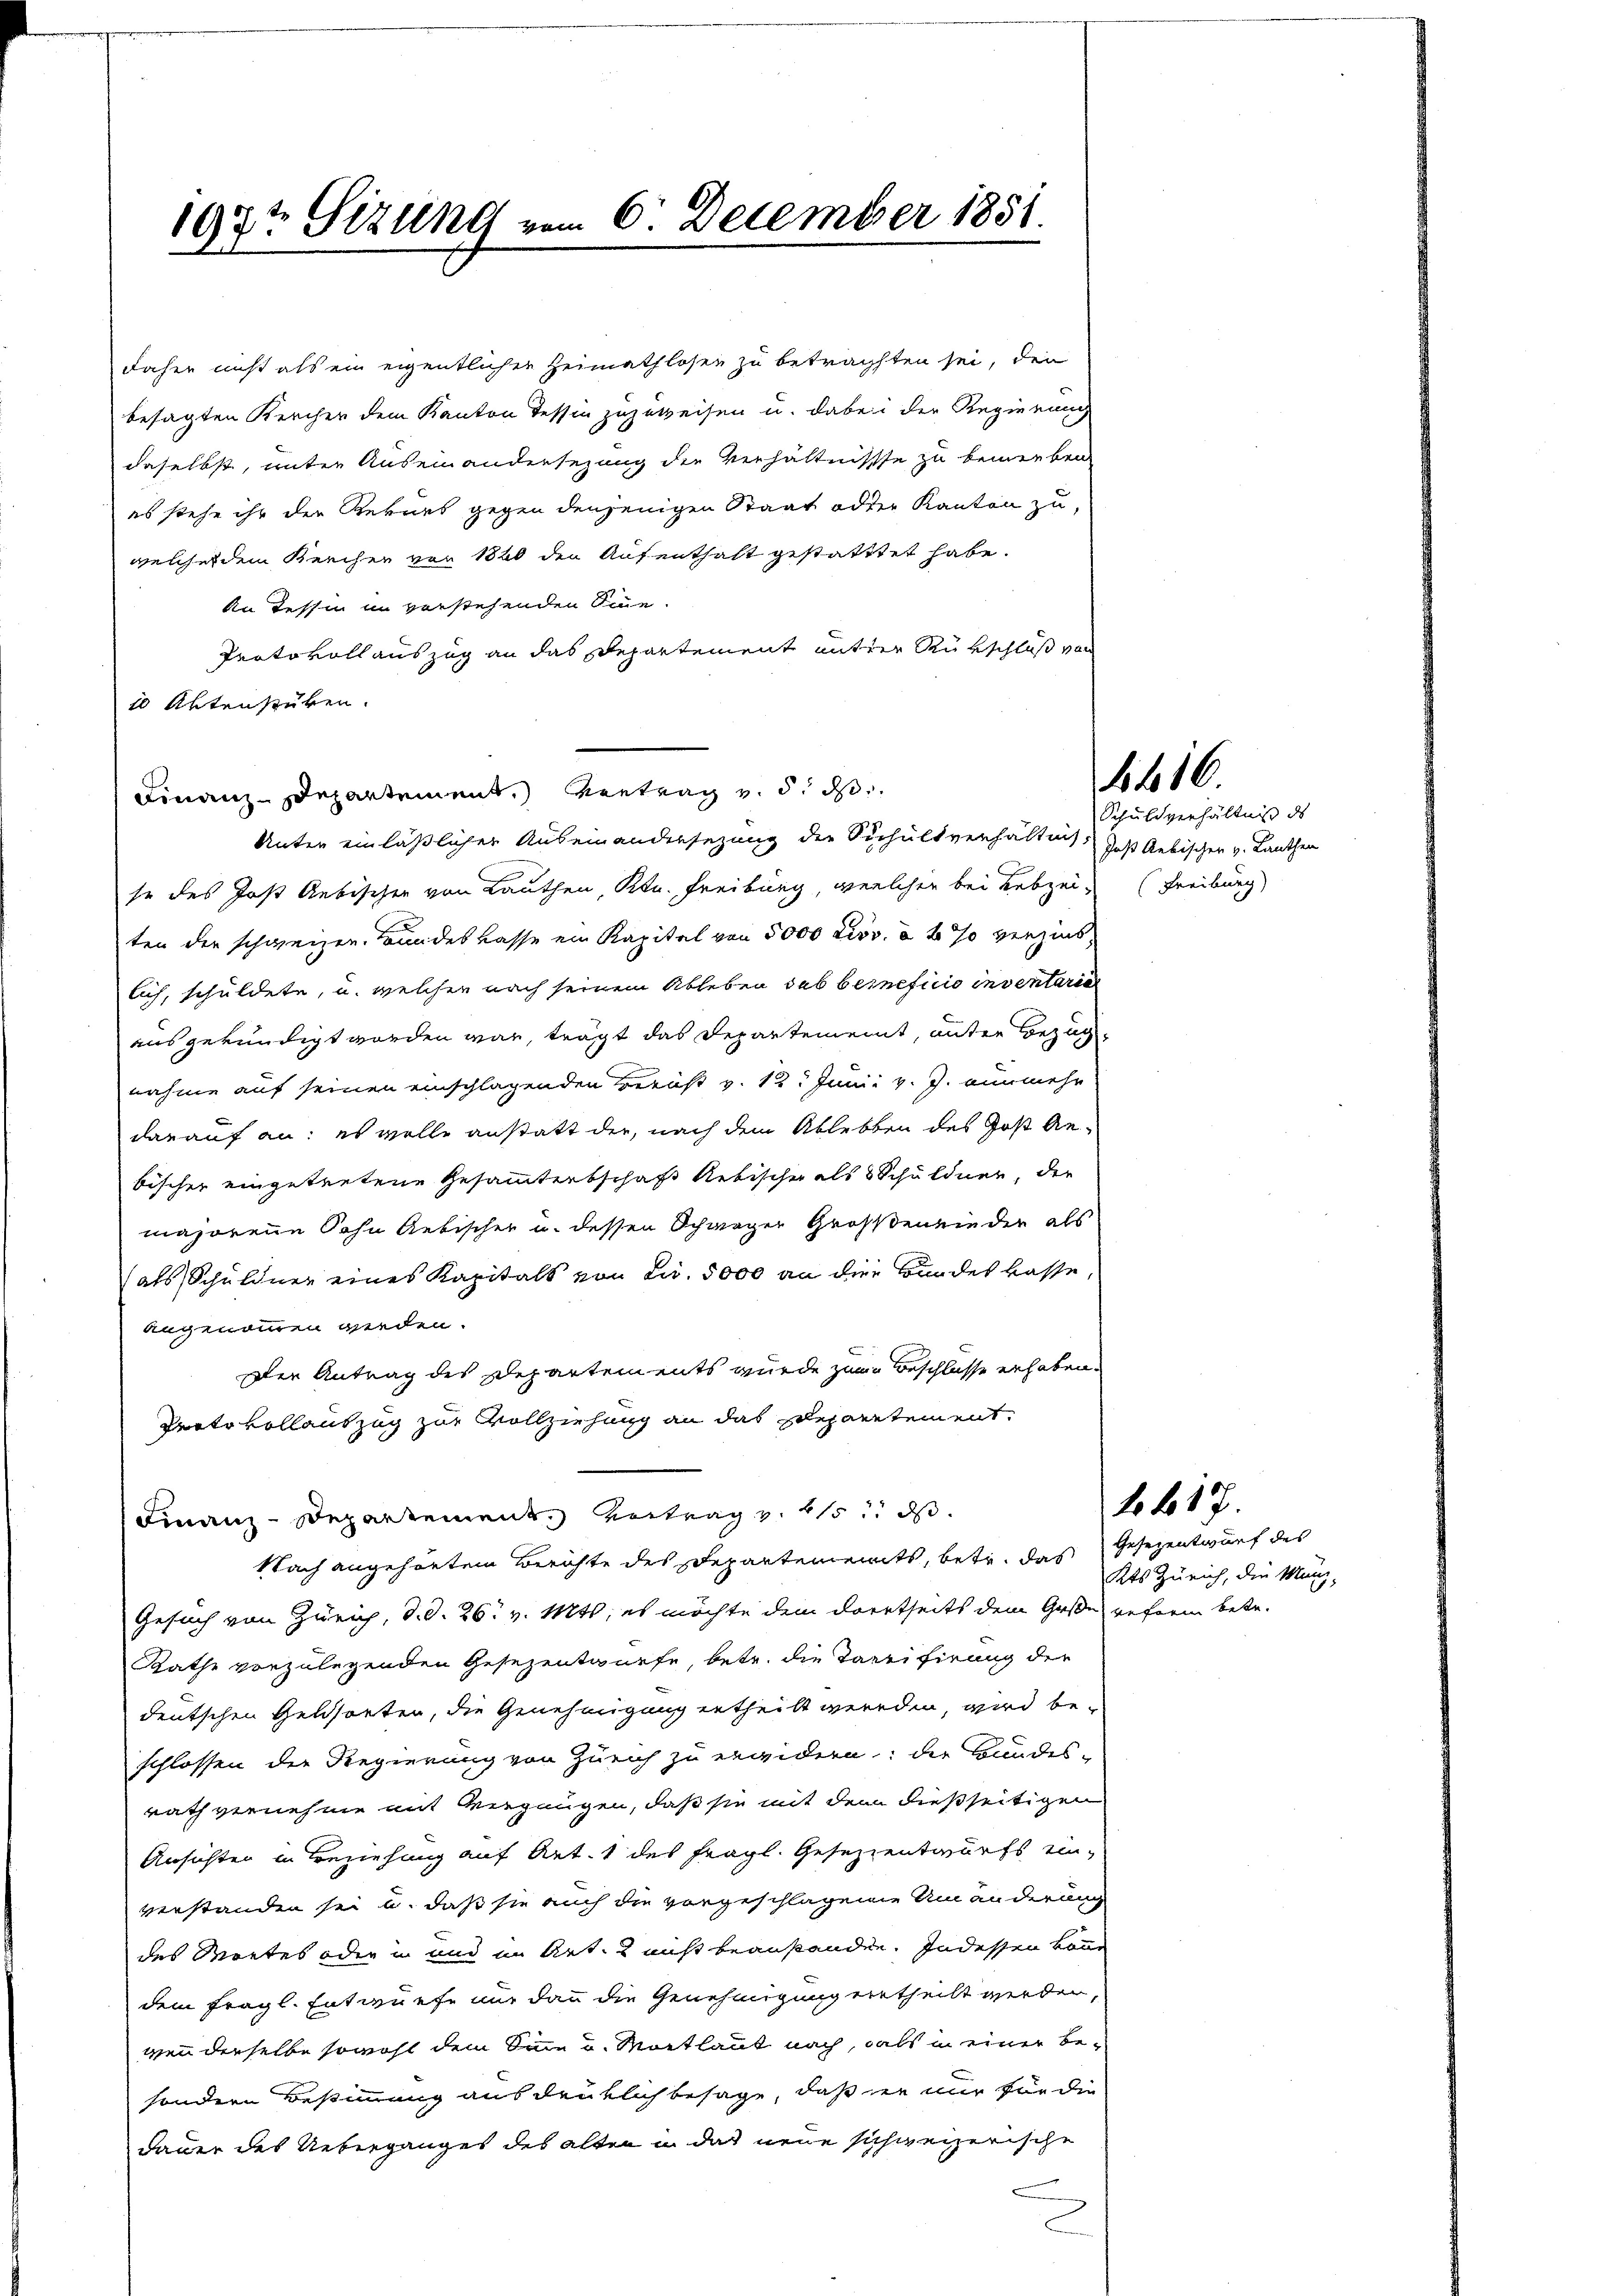
1972 Sizung vom 6. December 1851.

daher nicht als ein eigentlicher Heimathlosen zu betrachten sei, den
besagten Kircher dem Kanton Tessin zuzuweisen u. dabei der Regierung
daselbst, unter Auseinandersezung die Verhältnisse zu bemerben
es stehe ihr der Rekurs gegen denjenigen Staat oder Kanton zu,
welcher dem Kerchen von 1840 den Aufenthalt gestatttet habe.
An Tessin in verstehenden Sinne.
Protokoll auszug an das Departement antrer Rükschluß von
10 Aktenstüken.
Finanz-Departement. Vertrag v. 5. ds
Unter einläßlicher Auseinandersezung der Schultverhältnis: Jost Aebischen v. Lauthen
se des Jost Aebischen von Lauthen, Ktn. Freiburg, welcher bei Lebzeit Freiburg
ten der schweizen. Bundeskasse ein Kapital von 5000 Livv. à 4% verzins,
lich, schuldete, u. welcher nach seinem Ableben sub beneficio inventaria
ausgekündigt worden war, trägt das Departement, unter Bezugnahme auf seinen einschlagenden Berust v. 12. Junii v. J. nunmehr
darauf an: es wolle anstatt der, nach dem Ablebten des Gost Anbischer eingetretene Gesammtentschaft Rebischer als 8 Schuldner, der
majorene Sohn Gebischer u. dessen Schwager Großen ein der als
(als Schuldner eines Kapitals von Fr. 5000 an die Bundes kasse,
angenommen werden.
Der Antrag des Departements wurde zum Beschlusse erhaben.
Pecto vollauszug zur Vollziehung an das Departement.
Finanz-Departement. Vertrag v. 215. ds.
Nach angehörtem Berichte des Departements, betr. das Gesezentwurf des
Gesuch von Zürich, d. d. 26. v. Mts. es möchte dem dortseits dem Große reform betr.
Rathe vorzulegenden Gesezentwürfe, betr. die Tarifirung der
deutschen Geldsorten, die Genehmigung ertheilt werden, wird beschlossen der Regierung von Zürich zu erwidern; die Bundes-
rath vernehme mit Vergnügen, daß sie mit dem dießseitigen
Ansichten in Beziehung auf Art. 1 des fragl. Gesezzentwurfs einverstanden sei u. daß sie auch die vorgeschlagene Umänderung
des Wortes oder in und in Art. 2 nicht beanstanden. Indessen von
dem fragl. Entwurfe nur dann die Genehmigung ertheilt werden,
wenn derselbe sowohl dem Sinn u. Mortlaut nach, als in einer besondern Bestimmung ausdrüklich besage, daß er nur für die
dauer des Ueberganges des alten in das neue schweizerische

1416

Schuldverhältniß des

1617.

Kts Zürich, die Münz-